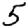
Digit: 5